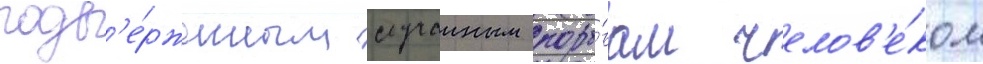
подв'е́рженным случаиным поры́вам челов'е́ком